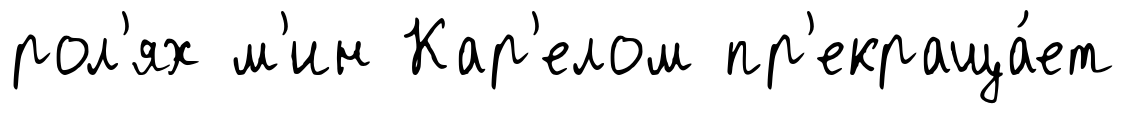
рол'ях м'ин Кар'елом пр'екраща́ет